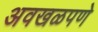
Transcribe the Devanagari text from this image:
अवखळपणे